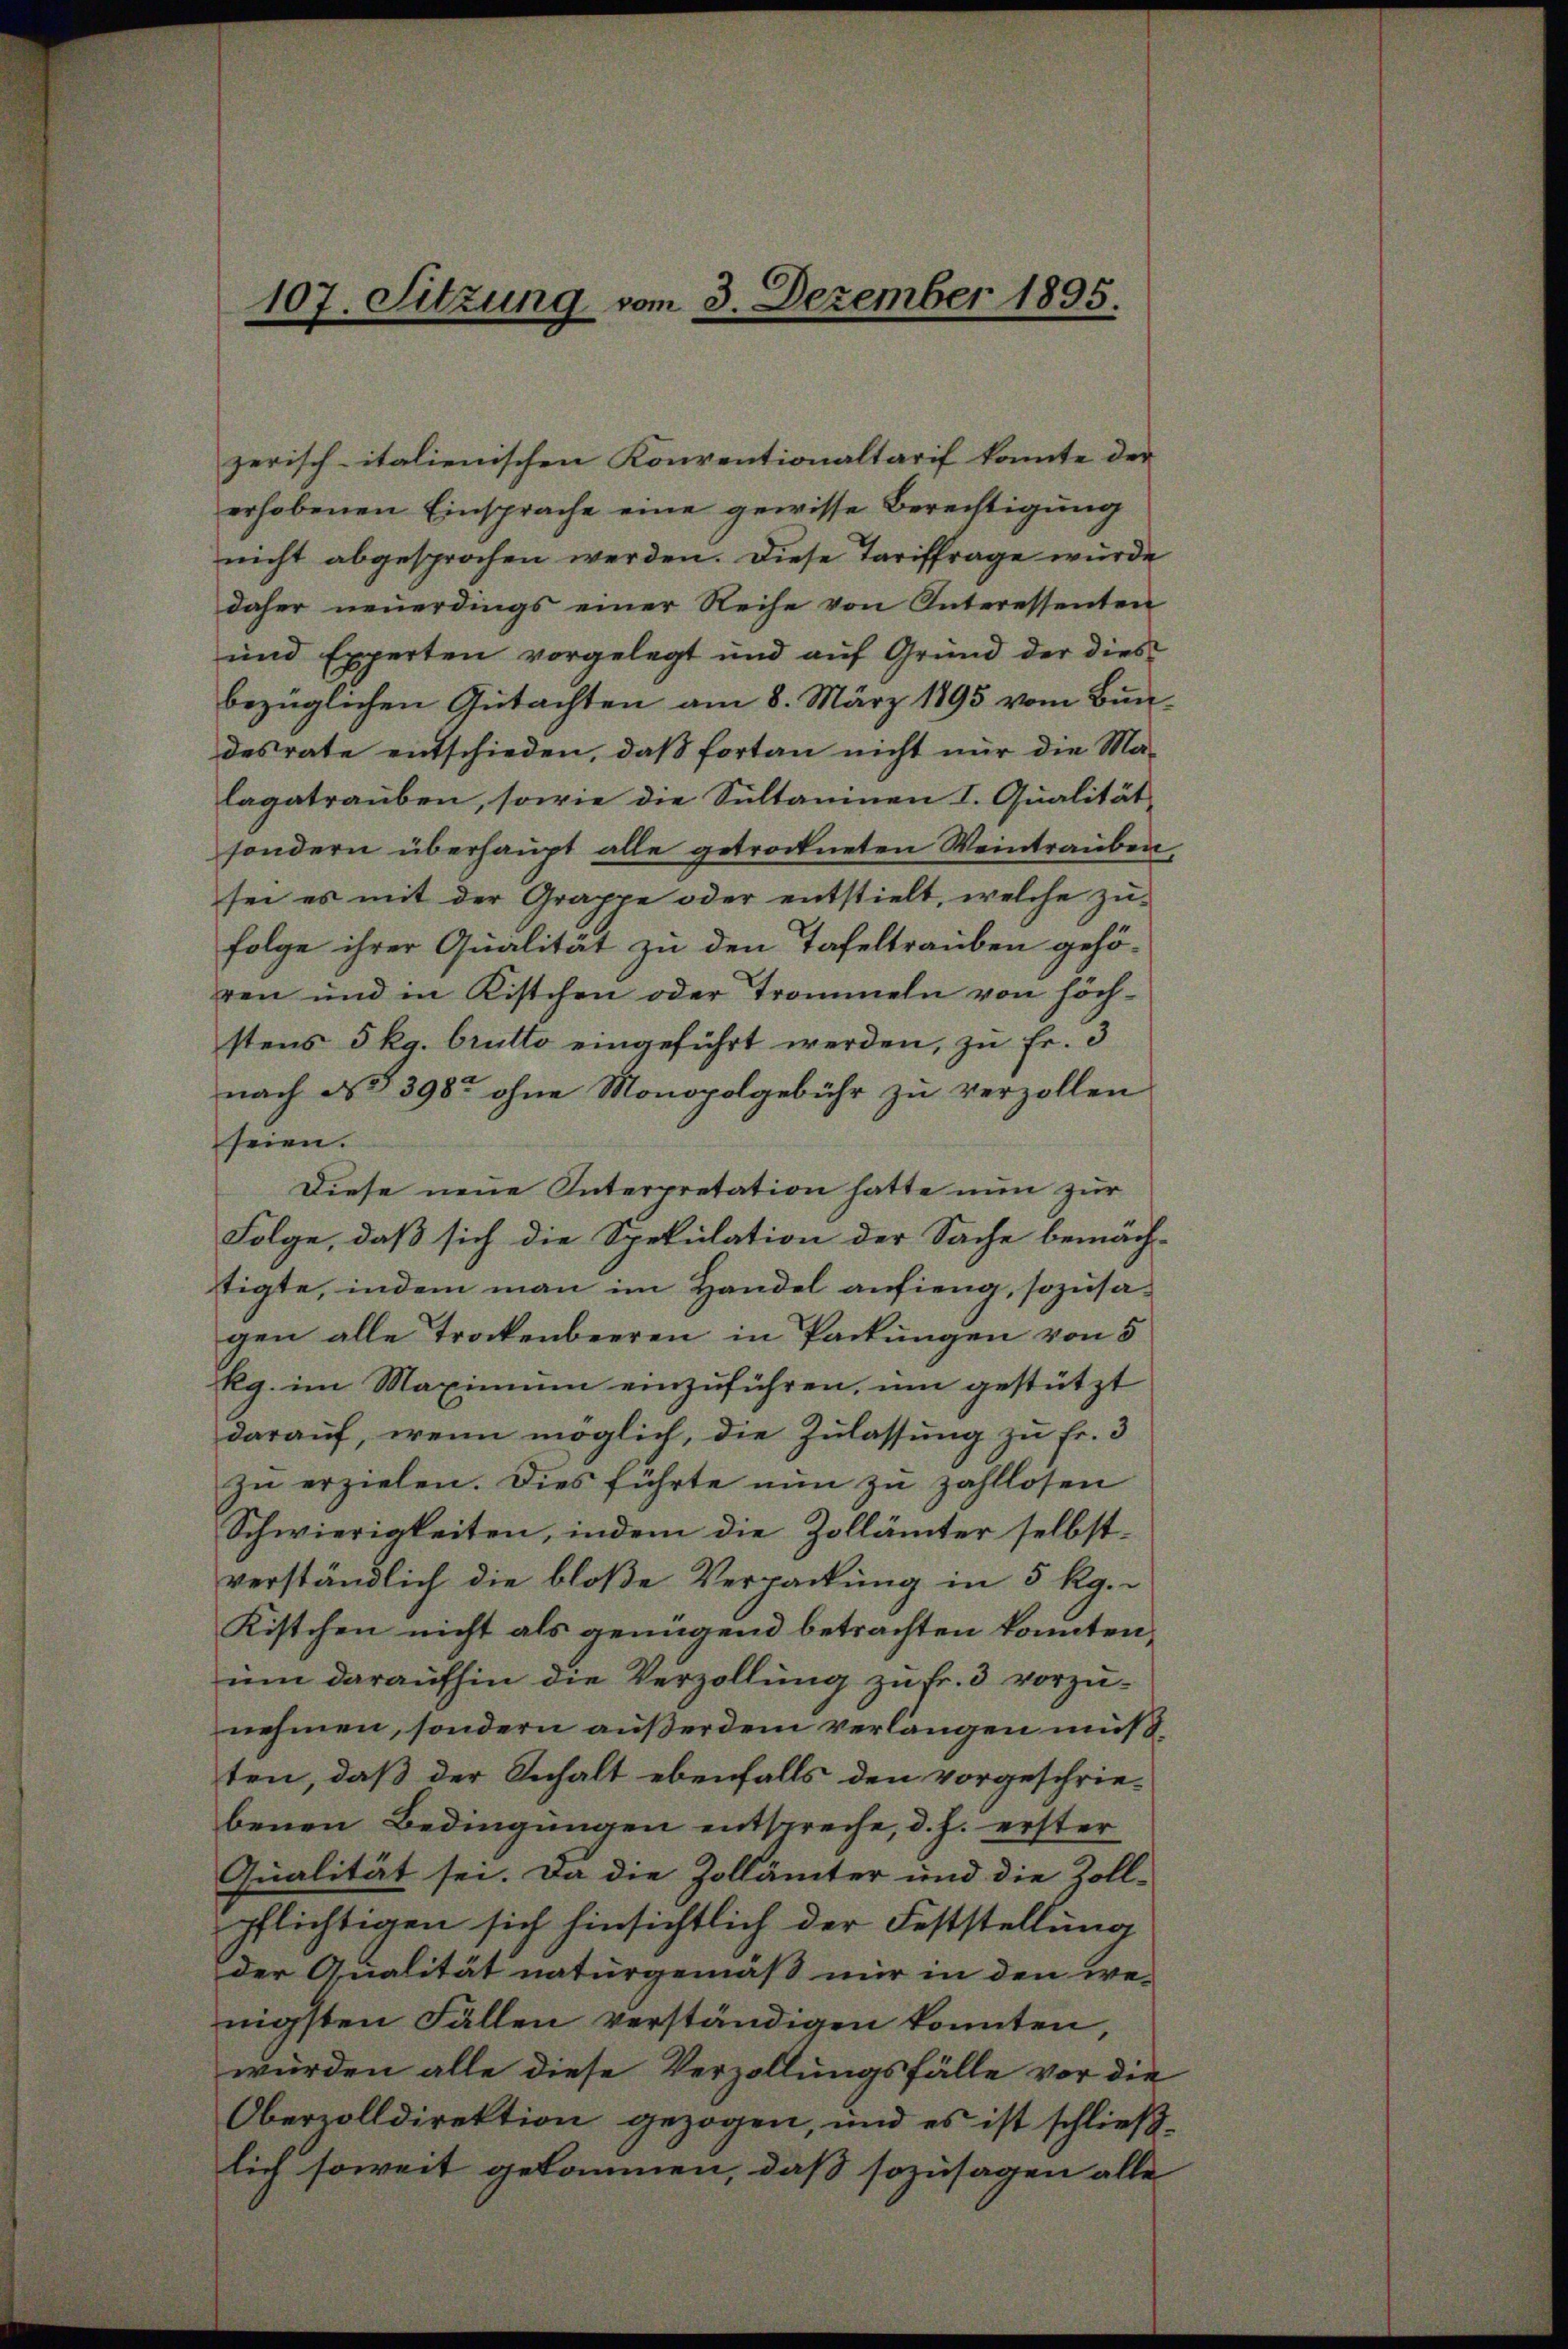
zerisch-italienischen Konventionaltarif konnte der
erhobenen Einsprache eine gewisse Berechtigung
nicht abgesprochen werden. Diese Tariffrage wurde
daher neuerdings einer Reihe von Interessenten
und Experten vorgelegt und auf Grund der dies
bezüglichen Gutachten am 8. März 1895 vom Bundesrate entschieden, daß fortan nicht nur die Ma-
lagatrauben, sowie die Sultaninen I. Qualität
sondern überhaupt alle getrockneten Weintrauben,
sei es mit der Grappe oder entstielt, welche zŭ-
folge ihrer Qualität zu den Tafeltrauben gehö-
ren und in Kistchen oder Trommeln von höchstens 5 kg. brutto eingeführt werden, zu Fr. 3
nach § 398 ohne Monopolgebühr zu verzollen
seien.
Diese neue Interpretation hatte nun zur
Folge, daß sich die Spekulation der Sache bemäch-
tigte, indem man im Handel anfieng, sozusagen alle Trockenbeeren in Packungen von 5
kg. im Maximum einzŭführen, um gestützt
darauf, wenn möglich, die Zulassung zu fr. 3
zu erzielen. Dies führte nun zu zahllosen
Schwierigkeiten, indem die Zollämter selbst-
verständlich die bloße Verpackung in 5 Rg.
Kistchen nicht als genügend betrachten konnten,
um daraufhin die Verzollung zu fr. 3 vorzunehmen, sondern außerdem verlangen müßten, daß der Inhalt ebenfalls den vorgeschriebenen Bedingungen entspreche, d. h. erster
Qualität sei. Da die Zollämter und die Zoll-
pflichtigen sich hinsichtlich der Feststellung
der Qualität naturgemäß mir in den we-
nigsten Fällen verständigen konnten
würden alle diese Verzollungsfälle vor die
Obervolldirektion gezogen, und es ist schließ.
lich soweit gekommen, daß sozusagen alle

107. Sitzung vom 3. Dezember 1895.